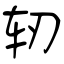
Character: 轫